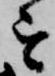
を